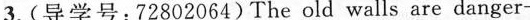
3.(导学号：72802064） The old walls are danger-